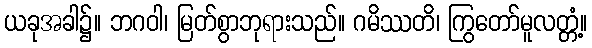
ယခုအခါ၌။ ဘဂဝါ၊ မြတ်စွာဘုရားသည်။ ဂမိဿတိ၊ ကြွတော်မူလတ္တံ့။